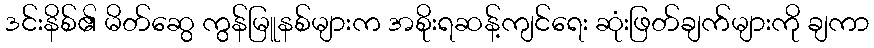
ဒင်းနိစ်၏ မိတ်ဆွေ ကွန်မြူနစ်များက အစိုးရဆန့်ကျင်ရေး ဆုံးဖြတ်ချက်များကို ချကာ